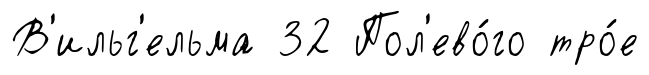
В'ильг'ельма 32 Пол'ево́го тро́е